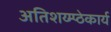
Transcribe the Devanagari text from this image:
अतिशय्म्प्ठेकार्य